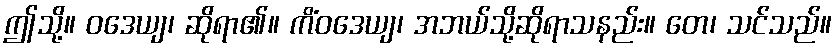
ဤသို့။ ဝဒေယျ၊ ဆိုရာ၏။ ကိံဝဒေယျ၊ အဘယ်သို့ဆိုရာသနည်း။ တေ၊ သင်သည်။